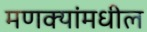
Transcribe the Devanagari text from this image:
मणक्‍यांमधील